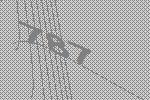
787